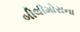
બીલીમોરાના